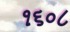
૧૬૦૮